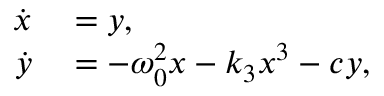
\begin{array} { r l } { \dot { x } } & { { } = y , } \\ { \dot { y } } & { { } = - \omega _ { 0 } ^ { 2 } x - k _ { 3 } x ^ { 3 } - c y , } \end{array}